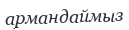
армандаймыз